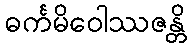
ဓင်္ကမိဝေါဿဇန္တိ